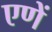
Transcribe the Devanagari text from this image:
एणें